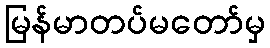
မြန်မာတပ်မတော်မှ